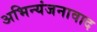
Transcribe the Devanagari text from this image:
अभिन्यंजनावाद